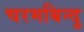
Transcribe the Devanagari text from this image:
चरमबिन्दु